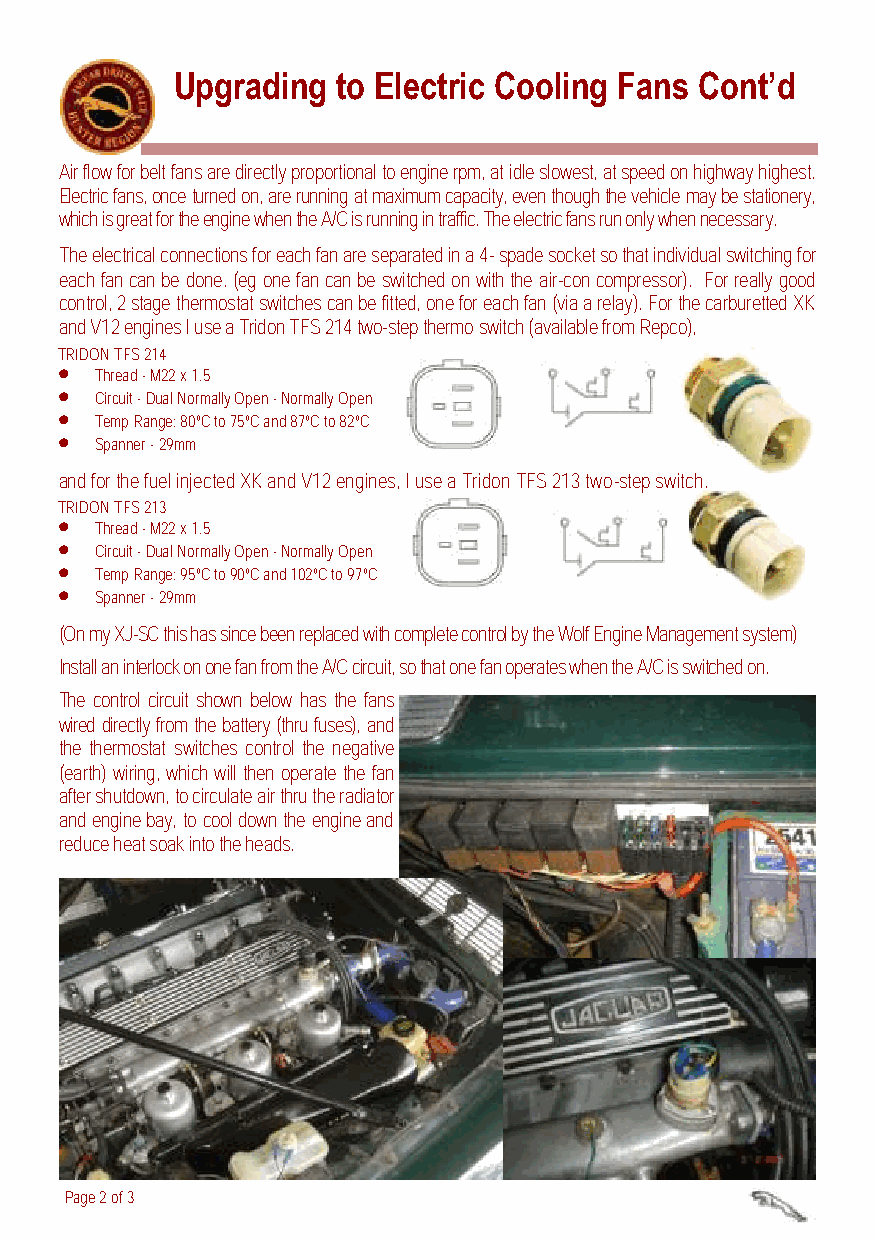
Upgrading to Electric Cooling Fans Cont’d
 Air flow for belt fans are directly proportional to engine rpm, at idle slowest, at speed on highway highest.
 Electric fans, once turned on, are running at maximum capacity, even though the vehicle may be stationery,
 which is great for the engine when the A/C is running in traffic. The electric fans run only when necessary.
 The electrical connections for each fan are separated in a 4- spade socket so that individual switching for
 each fan can be done. (eg one fan can be switched on with the air-con compressor). For really good
 control, 2 stage thermostat switches can be fitted, one for each fan (via a relay). For the carburetted XK
 and V12 engines I use a Tridon TFS 214 two-step thermo switch (available from Repco),
 T RIDON TFS 214
 
 Thread - M22 x 1.5
 
 Circuit - Dual Normally Open - Normally Open
 
 Temp Range: 80ºC to 75ºC and 87ºC to 82ºC
 
 Spanner - 29mm
 and for the fuel injected XK and V12 engines, I use a Tridon TFS 213 two-step switch.
 T RIDON TFS 213
 
 Thread - M22 x 1.5
 
 Circuit - Dual Normally Open - Normally Open
 
 Temp Range: 95ºC to 90ºC and 102ºC to 97ºC
 
 Spanner - 29mm
 (On my XJ-SC this has since been replaced with complete control by the Wolf Engine Management system)
 Install an interlock on one fan from the A/C circuit, so that one fan operates when the A/C is switched on.
 The control circuit shown below has the fans
 wired directly from the battery (thru fuses), and
 the thermostat switches control the negative
 (earth) wiring, which will then operate the fan
 after shutdown, to circulate air thru the radiator
 and engine bay, to cool down the engine and
 reduce heat soak into the heads.
 Page 2 of 3